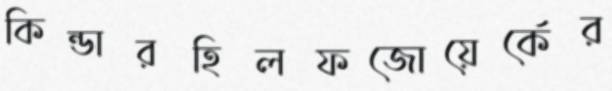
কিন্ডারহিলফজোয়ের্কের